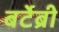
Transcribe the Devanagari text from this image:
बर्टेब्री